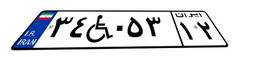
۸۵W۲۱۲۱۵